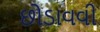
છોડાવવી